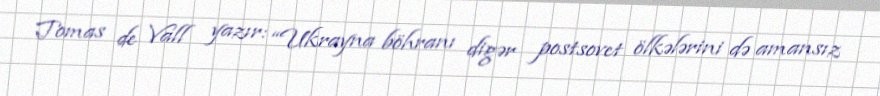
Tomas de Vall yazır: “Ukrayna böhranı digər postsovet ölkələrini də amansız